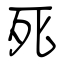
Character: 死